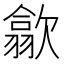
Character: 歙